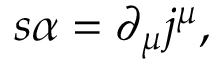
s \alpha = \partial _ { \mu } j ^ { \mu } ,